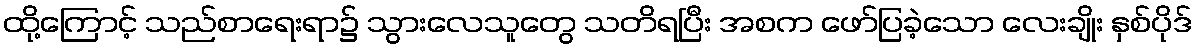
ထို့ကြောင့် သည်စာရေးရာ၌ သွားလေသူတွေ သတိရပြီး အစက ဖော်ပြခဲ့သော လေးချိုး နှစ်ပိုဒ်